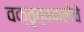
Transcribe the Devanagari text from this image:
वक्तृत्वकलेचे